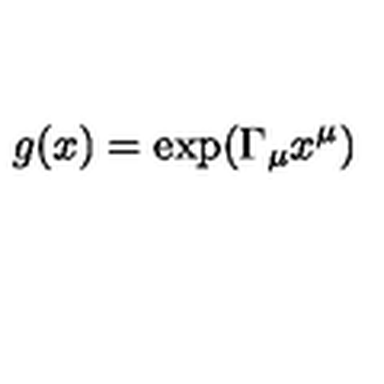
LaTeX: g ( x ) = \exp ( \Gamma _ { \mu } x ^ { \mu } )